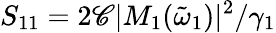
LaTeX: S_{11}=2\mathscr{C}|M_{1}(\tilde{{\omega}}_{1})|^{2}/\gamma_{1}